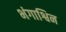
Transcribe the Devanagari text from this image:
भंगाश्विन